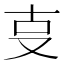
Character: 㕝